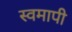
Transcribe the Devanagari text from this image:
स्वमापी